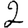
Digit: 2